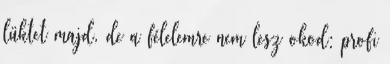
lüktet majd, de a félelemre nem lesz okod: profi